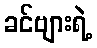
ခင်ဗျားရဲ့